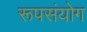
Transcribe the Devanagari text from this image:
रूपसंयोग